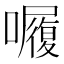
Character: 𭌆